Leaving Certificate, 1901
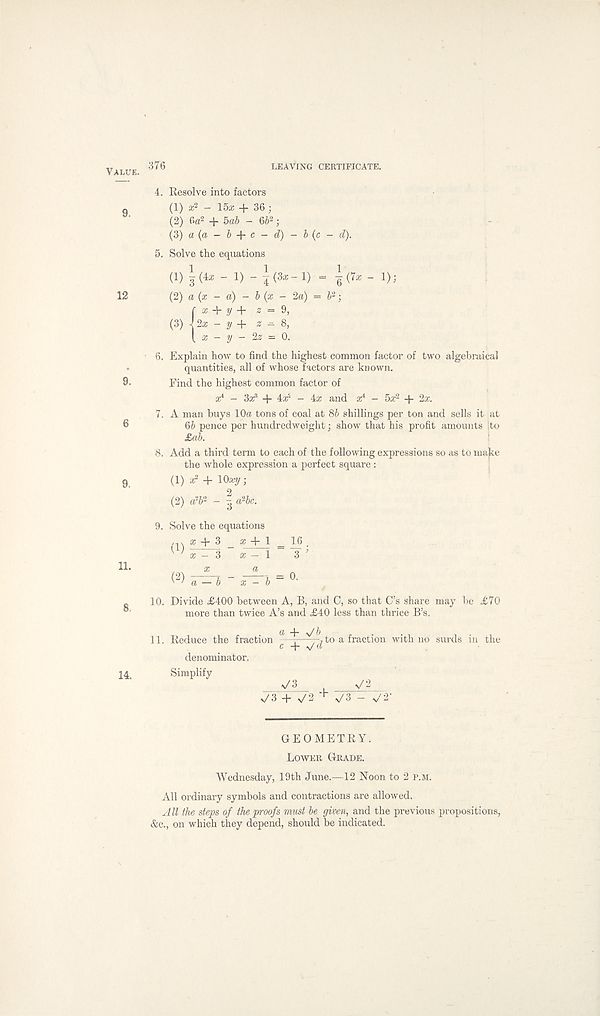
Value. 376
LEAVING CERTIFICATE.
4. Resolve into factors
9
(1) a; 2 - 15a; + 36 ;
(2) 6a 2 + bob - 66 2 ;
{2>) a (a - b + c - d) - b (c - d).
5. Solve the equations
(1) 1(4* - 1) -](3*-l) - 1(7* - 1);
12
(2) a (x - a) - b (x - 2d) = b' 1 ■ ,
f % y + 2 = 9,
(S) Ux - y+ 2 — 8,
[ a: - y - 2^ = 0.
6. Explain how to find the highest common factor of two algebraical
quantities, all of whose factors are known.
9-
Find the highest common factor of
a; 4 - 3a^ + id - ix and a; 4 - 5a: 2 -f 2a;.
7. A man buys 10a tons of coal at 85 shillings per ton and sells it at
9
66 pence per hundredweight; show that his profit amounts ito
£ab.
8. Add a third term to each of the following expressions so as to make
the whole expression a perfect square :
9
(1) a? + lOxy;
(2) a 2 6 2 - | a 2 5c.
9. Solve the equations
a; + 3 _ a; + 1 _ 16 _
^ ^ ^^3 a; - 1 ~3 ’
10. Divide £400 between A, B, and C, so that C’s share may be £70
more than twice A’s and £40 less than thrice B’s.
14.
11. Reduce the fraction a +
c + ^/d to a fraction with no surds
denominator.
Simplify
v/3 + n/2 + ^3 - s/ 2'
the
GEOMETRY.
Lower Grade.
Wednesday, 19th June.—12 Noon to 2 p.m.
All ordinary symbols and contractions are allowed.
All the steps of the proofs must be given, and the previous propositions,
&c., on which they depend, should be indicated.